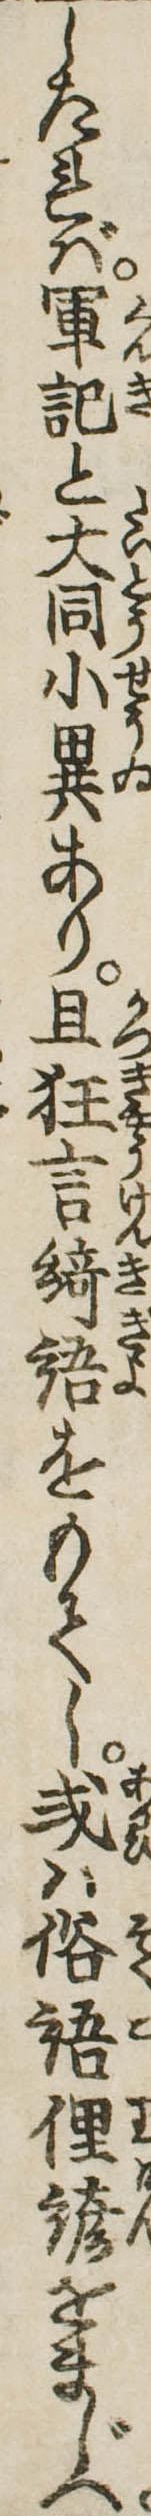
したれば軍記と大同小異あり且狂言綺語をもてし或は俗語俚諺をまじへ